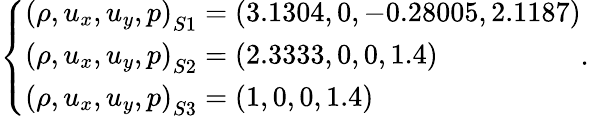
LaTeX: \begin{array}{r}{\left\{ \begin{array}{l}{{\left({\rho,{u_{x}},{u_{y}},p}\right)_{S1}}=\left({3.1304,0,-0.28005,2.1187}\right)}\\ {{\left({\rho,{u_{x}},{u_{y}},p}\right)_{S2}}=\left({2.3333,0,0,1.4}\right)}\\ {{\left({\rho,{u_{x}},{u_{y}},p}\right)_{S3}}=\left({1,0,0,1.4}\right)}\end{array}\right..}\end{array}